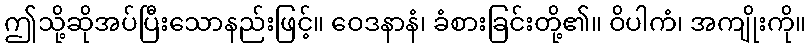
ဤသို့ဆိုအပ်ပြီးသောနည်းဖြင့်။ ဝေဒနာနံ၊ ခံစားခြင်းတို့၏။ ဝိပါကံ၊ အကျိုးကို။